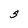
Character: S